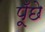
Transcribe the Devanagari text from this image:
पूँछे